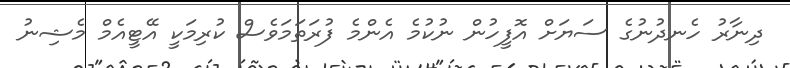
ދިނާރު ހެނދުނުގެ ސަޔަށް އޮފީހުން ނުކުމެ އެންމެ ފުރަތަމަވެސް ކުރިމަކީ އޭޓީއެމް މެޝިނު